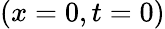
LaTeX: (x=0,t=0)